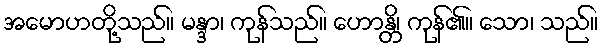
အမောဟတို့သည်။ မန္ဒာ၊ ကုန်သည်။ ဟောန္တိ၊ ကုန်၏။ သော၊ သည်။